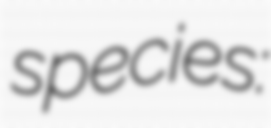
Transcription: species: